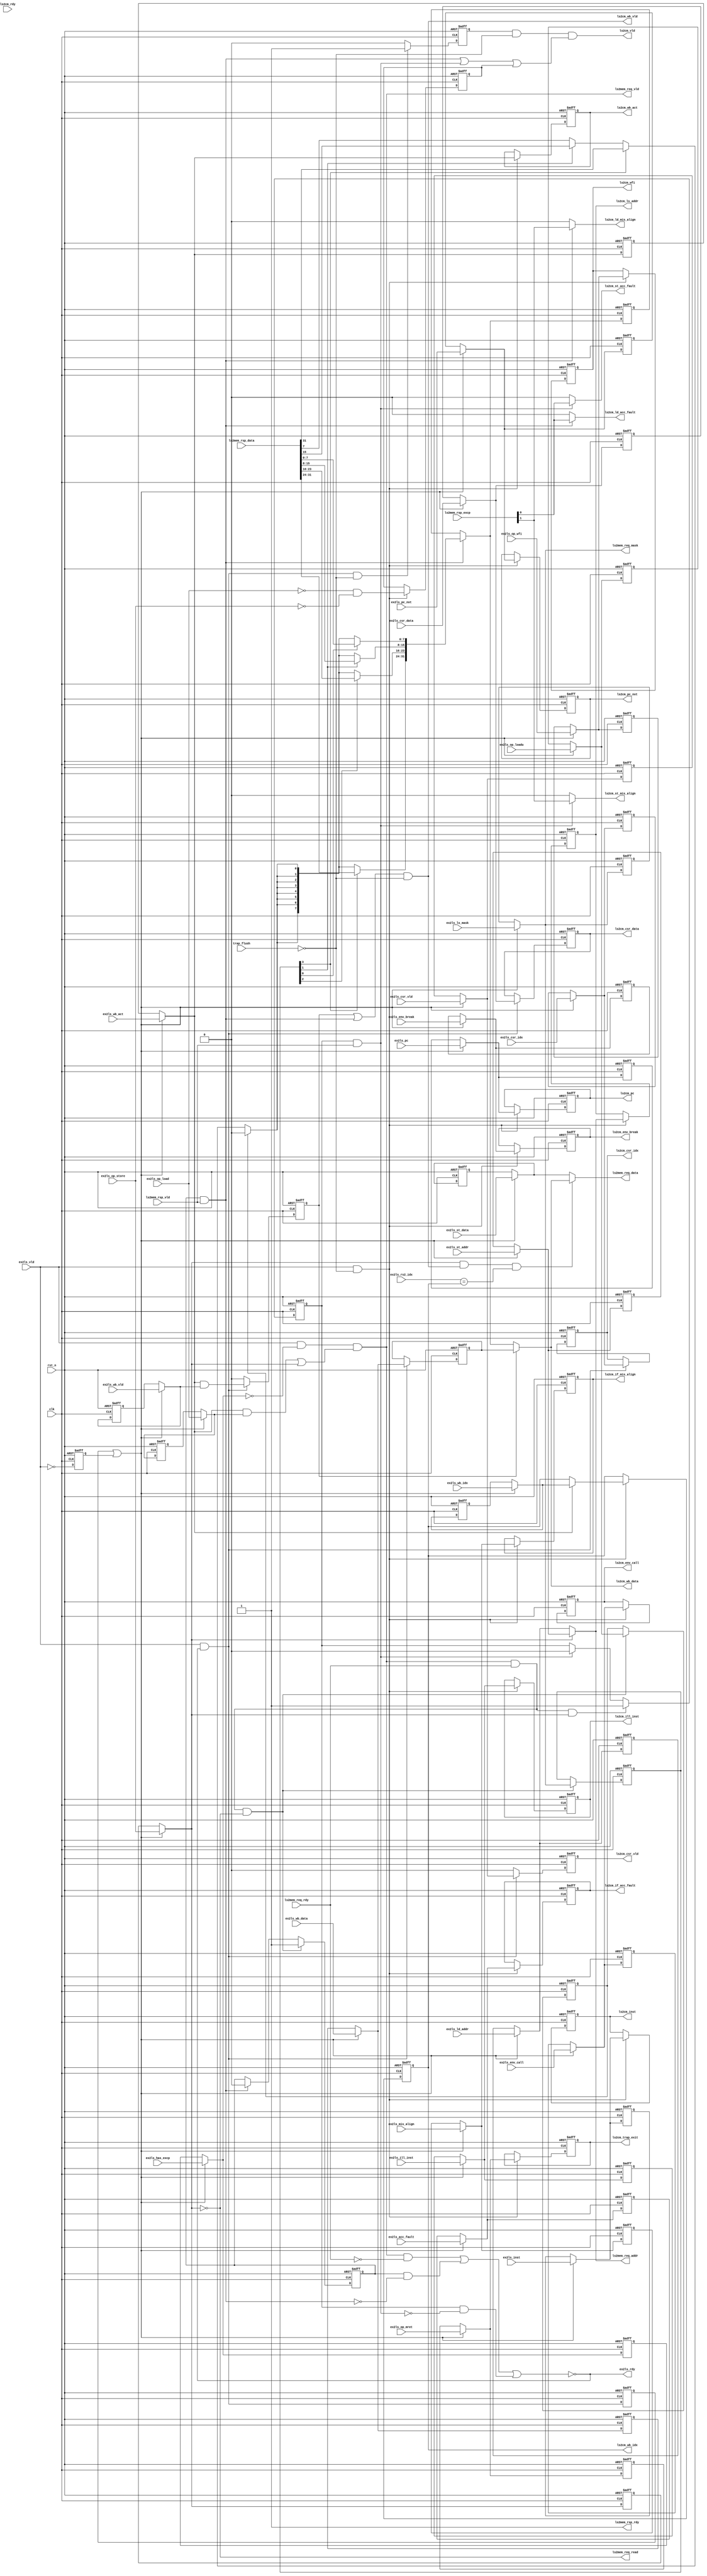
//************************************************************
// See LICENSE for license details.
//
// Module: uv_lsu
//
// Designer: Owen
//
// Description:
//      Load-Store Unit.
//************************************************************

`timescale 1ns / 1ps

module uv_lsu
#(
    parameter ALEN = 32,
    parameter ILEN = 32,
    parameter XLEN = 32,
    parameter MLEN = XLEN / 8
)
(
    input                   clk,
    input                   rst_n,
    
    // EXU handshake.
    input                   ex2ls_vld,
    output                  ex2ls_rdy,
    
    // EXU info.
    input                   ex2ls_op_load,
    input                   ex2ls_op_loadu,
    input                   ex2ls_op_store,
    input  [MLEN-1:0]       ex2ls_ls_mask,
    input  [ALEN-1:0]       ex2ls_ld_addr,
    input  [ALEN-1:0]       ex2ls_st_addr,
    input  [XLEN-1:0]       ex2ls_st_data,

    input                   ex2ls_op_mret,
    input                   ex2ls_op_wfi,
    
    input                   ex2ls_wb_act,
    input                   ex2ls_wb_vld,
    input  [4:0]            ex2ls_wb_idx,
    input  [XLEN-1:0]       ex2ls_wb_data,

    input                   ex2ls_csr_vld,
    input  [11:0]           ex2ls_csr_idx,
    input  [XLEN-1:0]       ex2ls_csr_data,

    input  [ILEN-1:0]       ex2ls_inst,
    input  [ALEN-1:0]       ex2ls_pc,
    input  [ALEN-1:0]       ex2ls_pc_nxt,

    // Exceptions.
    input                   ex2ls_has_excp,
    input                   ex2ls_acc_fault,
    input                   ex2ls_mis_align,
    input                   ex2ls_ill_inst,
    input                   ex2ls_env_call,
    input                   ex2ls_env_break,
    
    // MEM access.
    output                  ls2mem_req_vld,
    input                   ls2mem_req_rdy,
    output                  ls2mem_req_read,
    output [ALEN-1:0]       ls2mem_req_addr,
    output [MLEN-1:0]       ls2mem_req_mask,
    output [XLEN-1:0]       ls2mem_req_data,

    input                   ls2mem_rsp_vld,
    output                  ls2mem_rsp_rdy,
    input  [1:0]            ls2mem_rsp_excp,
    input  [XLEN-1:0]       ls2mem_rsp_data,
    
    // CMT handshake.
    output                  ls2cm_vld,
    input                   ls2cm_rdy,      // Reserved!

    // Fetch info to CMT.
    output [ILEN-1:0]       ls2cm_inst,
    output [ALEN-1:0]       ls2cm_pc,
    output [ALEN-1:0]       ls2cm_pc_nxt,

    // LS info to CMT.
    output [ALEN-1:0]       ls2cm_ls_addr,

    // WB & FW info to CMT & EXU.
    output                  ls2cm_wb_act,
    output                  ls2cm_wb_vld,
    output [4:0]            ls2cm_wb_idx,
    output [XLEN-1:0]       ls2cm_wb_data,

    // CSR writing.
    output                  ls2cm_csr_vld,
    output [11:0]           ls2cm_csr_idx,
    output [XLEN-1:0]       ls2cm_csr_data,

    // Excp info to CMT.
    output                  ls2cm_if_acc_fault,
    output                  ls2cm_if_mis_align,
    output                  ls2cm_ld_acc_fault,
    output                  ls2cm_ld_mis_align,
    output                  ls2cm_st_acc_fault,
    output                  ls2cm_st_mis_align,
    output                  ls2cm_ill_inst,
    output                  ls2cm_env_call,
    output                  ls2cm_env_break,
    output                  ls2cm_trap_exit,
    output                  ls2cm_wfi,

    // Flush control from trap.
    input                   trap_flush,
    
    // FW info from EXU
    input  [4:0]            ex2ls_rs2_idx
);

    localparam UDLY         = 1;
    genvar i;

    // Pipeline flush.
    wire                    pipe_flush;

    // Handshake.
    wire                    pipe_nxt;
    wire                    ex2ls_fire;
    wire                    ex2ls_real;
    reg                     ex2ls_fire_p;
    reg                     ex2ls_init_p;

    // Input buffer.
    reg                     ex2ls_op_load_r;
    reg                     ex2ls_op_loadu_r;
    reg                     ex2ls_op_store_r;
    reg  [MLEN-1:0]         ex2ls_ls_mask_r;
    reg  [ALEN-1:0]         ex2ls_ld_addr_r;
    reg  [ALEN-1:0]         ex2ls_st_addr_r;
    reg  [XLEN-1:0]         ex2ls_st_data_r;
    reg                     ex2ls_op_mret_r;
    reg                     ex2ls_op_wfi_r;
    reg                     ex2ls_wb_act_r;
    reg                     ex2ls_wb_vld_r;
    reg  [4:0]              ex2ls_wb_idx_r;
    reg  [XLEN-1:0]         ex2ls_wb_data_r;
    reg                     ex2ls_csr_vld_r;
    reg  [11:0]             ex2ls_csr_idx_r;
    reg  [XLEN-1:0]         ex2ls_csr_data_r;
    reg  [ILEN-1:0]         ex2ls_inst_r;
    reg  [ALEN-1:0]         ex2ls_pc_r;
    reg  [ALEN-1:0]         ex2ls_pc_nxt_r;
    reg                     ex2ls_has_excp_r;
    reg                     ex2ls_acc_fault_r;
    reg                     ex2ls_mis_align_r;
    reg                     ex2ls_ill_inst_r;
    reg                     ex2ls_env_call_r;
    reg                     ex2ls_env_break_r;

    wire                    pipe_op_load;
    wire                    pipe_op_loadu;
    wire                    pipe_op_store;
    wire [MLEN-1:0]         pipe_ls_mask;
    wire [ALEN-1:0]         pipe_ld_addr;
    wire [ALEN-1:0]         pipe_st_addr;
    wire [XLEN-1:0]         pipe_st_data;
    wire                    pipe_op_mret;
    wire                    pipe_op_wfi;
    wire                    pipe_wb_act;
    wire                    pipe_wb_vld;
    wire [4:0]              pipe_wb_idx;
    wire [XLEN-1:0]         pipe_wb_data;
    wire                    pipe_csr_vld;
    wire [11:0]             pipe_csr_idx;
    wire [XLEN-1:0]         pipe_csr_data;
    wire [ILEN-1:0]         pipe_inst;
    wire [ALEN-1:0]         pipe_pc;
    wire [ALEN-1:0]         pipe_pc_nxt;
    wire                    pipe_has_excp;
    wire                    pipe_acc_fault;
    wire                    pipe_mis_align;
    wire                    pipe_ill_inst;
    wire                    pipe_env_call;
    wire                    pipe_env_break;
    
    // Memory access.
    wire                    mem_req_read;
    wire                    mem_req_fire;
    wire                    mem_rsp_fire;
    wire                    mem_ld_fire;
    wire                    mem_st_fire;
    wire                    mem_ld_sign;
    wire [XLEN-1:0]         msk_ld_data;
    wire [XLEN-1:0]         mem_wb_data;
    wire                    mem_ld_wait;
    wire                    mem_st_wait;
    
    // Forwarding at LSU ifself.
    wire                    st_rs2_frm_wb;
    
    // WB summary.
    wire                    wb_act;
    wire                    wb_vld;
    wire [4:0]              wb_idx;
    wire [XLEN-1:0]         wb_data;

    // LS delay & data buf.
    reg  [MLEN-1:0]         mem_ld_mask_p;
    reg  [XLEN-1:0]         mem_ld_data_r;
    reg                     mem_ld_usgn_p;
    reg                     mem_ld_req_r;
    reg                     mem_st_req_r;
    
    // Commit buf register.
    reg                     ls2cm_vld_r;
    reg                     inst_non_ls_r;
    reg                     trap_exit_r;
    reg                     wfi_r;

    // WB buf registers.
    reg                     wb_act_r;
    reg                     wb_vld_r;
    reg  [4:0]              wb_idx_r;
    reg  [XLEN-1:0]         wb_data_r;

    reg                     csr_vld_r;
    reg  [11:0]             csr_idx_r;
    reg  [XLEN-1:0]         csr_data_r;

    // Fetch buf registers.
    reg  [ILEN-1:0]         inst_r;
    reg  [ALEN-1:0]         pc_r;
    reg  [ALEN-1:0]         pc_nxt_r;

    // Load/store address.
    reg  [ALEN-1:0]         ls_addr_r;

    // Exception buf registers.
    reg                     if_acc_fault_r;
    reg                     if_mis_align_r;
    reg                     ill_inst_r;
    reg                     env_call_r;
    reg                     env_break_r;
    
    // Only one flush source for LSU.
    assign pipe_flush       = trap_flush;

    // Handshake: response to EXU.
    assign pipe_nxt         = ex2ls_vld & (~pipe_flush);
    //assign ex2ls_rdy      = ~(ls2mem_req_vld & (~ls2mem_req_rdy));
    assign ex2ls_rdy        = ~((ls2mem_req_vld & (~ls2mem_req_rdy)) | mem_ld_wait | mem_st_wait);
    assign ex2ls_fire       = ex2ls_vld & ex2ls_rdy;
    assign ex2ls_real       = ex2ls_fire_p | ex2ls_init_p;
    
    // Select pipeline sources.
    assign pipe_op_load     = ex2ls_real ? ex2ls_op_load     : ex2ls_op_load_r;
    assign pipe_op_loadu    = ex2ls_real ? ex2ls_op_loadu    : ex2ls_op_loadu_r;
    assign pipe_op_store    = ex2ls_real ? ex2ls_op_store    : ex2ls_op_store_r;
    assign pipe_ls_mask     = ex2ls_real ? ex2ls_ls_mask     : ex2ls_ls_mask_r;
    assign pipe_ld_addr     = ex2ls_real ? ex2ls_ld_addr     : ex2ls_ld_addr_r;
    assign pipe_st_addr     = ex2ls_real ? ex2ls_st_addr     : ex2ls_st_addr_r;
    assign pipe_st_data     = ex2ls_real ? ex2ls_st_data     : ex2ls_st_data_r;
    assign pipe_op_mret     = ex2ls_real ? ex2ls_op_mret     : ex2ls_op_mret_r;
    assign pipe_op_wfi      = ex2ls_real ? ex2ls_op_wfi      : ex2ls_op_wfi_r;
    assign pipe_wb_act      = ex2ls_real ? ex2ls_wb_act      : ex2ls_wb_act_r;
    assign pipe_wb_vld      = ex2ls_real ? ex2ls_wb_vld      : ex2ls_wb_vld_r;
    assign pipe_wb_idx      = ex2ls_real ? ex2ls_wb_idx      : ex2ls_wb_idx_r;
    assign pipe_wb_data     = ex2ls_real ? ex2ls_wb_data     : ex2ls_wb_data_r;
    assign pipe_csr_vld     = ex2ls_real ? ex2ls_csr_vld     : ex2ls_csr_vld_r;
    assign pipe_csr_idx     = ex2ls_real ? ex2ls_csr_idx     : ex2ls_csr_idx_r;
    assign pipe_csr_data    = ex2ls_real ? ex2ls_csr_data    : ex2ls_csr_data_r;
    assign pipe_inst        = ex2ls_real ? ex2ls_inst        : ex2ls_inst_r;
    assign pipe_pc          = ex2ls_real ? ex2ls_pc          : ex2ls_pc_r;
    assign pipe_pc_nxt      = ex2ls_real ? ex2ls_pc_nxt      : ex2ls_pc_nxt_r;
    assign pipe_has_excp    = ex2ls_real ? ex2ls_has_excp    : ex2ls_has_excp_r;
    assign pipe_acc_fault   = ex2ls_real ? ex2ls_acc_fault   : ex2ls_acc_fault_r;
    assign pipe_mis_align   = ex2ls_real ? ex2ls_mis_align   : ex2ls_mis_align_r;
    assign pipe_ill_inst    = ex2ls_real ? ex2ls_ill_inst    : ex2ls_ill_inst_r;
    assign pipe_env_call    = ex2ls_real ? ex2ls_env_call    : ex2ls_env_call_r;
    assign pipe_env_break   = ex2ls_real ? ex2ls_env_break   : ex2ls_env_break_r;

    // Memory access.
    assign ls2mem_req_vld   = ex2ls_vld & (~pipe_has_excp)
                            & ((pipe_wb_act & pipe_op_load) | pipe_op_store);
    assign ls2mem_req_read  = ~pipe_op_store;
    assign ls2mem_req_addr  = pipe_op_store ? pipe_st_addr : pipe_ld_addr;
    assign ls2mem_req_mask  = pipe_ls_mask;
    assign ls2mem_req_data  = st_rs2_frm_wb ? wb_data : pipe_st_data;
    assign ls2mem_rsp_rdy   = 1'b1;

    assign mem_req_read     = mem_req_fire ? ls2mem_req_read : mem_ld_req_r;
    assign mem_req_fire     = ls2mem_req_vld & ls2mem_req_rdy;
    assign mem_rsp_fire     = ls2mem_rsp_vld & ls2mem_rsp_rdy;
    assign mem_ld_fire      = mem_ld_req_r & mem_rsp_fire;
    assign mem_ld_wait      = mem_ld_req_r & (~mem_ld_fire);
    assign mem_st_fire      = mem_st_req_r & mem_rsp_fire;
    assign mem_st_wait      = mem_st_req_r & (~mem_st_fire);

    generate
        if (XLEN == 32) begin: gen_ld_sign_32
            assign mem_ld_sign  = mem_ld_usgn_p ? 1'b0
                                : mem_ld_mask_p[3] ? ls2mem_rsp_data[31]
                                : mem_ld_mask_p[1] ? ls2mem_rsp_data[15]
                                : ls2mem_rsp_data[7];
        end
        else begin: gen_ld_sign_64
            assign mem_ld_sign  = mem_ld_usgn_p ? 1'b0
                                : mem_ld_mask_p[7] ? ls2mem_rsp_data[63]
                                : mem_ld_mask_p[3] ? ls2mem_rsp_data[31]
                                : mem_ld_mask_p[1] ? ls2mem_rsp_data[15]
                                : ls2mem_rsp_data[7];
        end
    endgenerate
    
    // Get forwarding state.
    assign st_rs2_frm_wb    = pipe_op_store && wb_vld && (ex2ls_rs2_idx == wb_idx_r);
    
    // Generate write-back data from memory.
    // FIXME: 1s must be adjacent and at the low-order bits now!
    generate
        for (i = 0; i < MLEN; i = i + 1) begin: gen_mem_wb_data
            assign msk_ld_data[8*(i+1)-1:8*i] = mem_ld_mask_p[i] ? ls2mem_rsp_data[8*(i+1)-1:8*i] : {8{mem_ld_sign}};
        end
    endgenerate
    
    assign mem_wb_data = mem_ld_fire ? msk_ld_data : mem_ld_data_r;
    
    // Buffer handshake firing.
    always @(posedge clk or negedge rst_n) begin
        if (~rst_n) begin
            ex2ls_fire_p <= 1'b0;
        end
        else begin
            ex2ls_fire_p <= #UDLY ex2ls_fire;
        end
    end
    
    always @(posedge clk or negedge rst_n) begin
        if (~rst_n) begin
            ex2ls_init_p <= 1'b1;
        end
        else begin
            ex2ls_init_p <= #UDLY ~ex2ls_vld;
        end
    end

    // Buffer input.
    always @(posedge clk or negedge rst_n) begin
        if (~rst_n) begin
            ex2ls_op_load_r     <= 1'b0;
            ex2ls_op_loadu_r    <= 1'b0;
            ex2ls_op_store_r    <= 1'b0;
            ex2ls_ls_mask_r     <= {MLEN{1'b0}};
            ex2ls_ld_addr_r     <= {ALEN{1'b0}};
            ex2ls_st_addr_r     <= {ALEN{1'b0}};
            ex2ls_st_data_r     <= {XLEN{1'b0}};
            ex2ls_op_mret_r     <= 1'b0;
            ex2ls_op_wfi_r      <= 1'b0;
            ex2ls_wb_act_r      <= 1'b0;
            ex2ls_wb_vld_r      <= 1'b0;
            ex2ls_wb_idx_r      <= 5'b0;
            ex2ls_wb_data_r     <= {XLEN{1'b0}};
            ex2ls_csr_vld_r     <= 1'b0;
            ex2ls_csr_idx_r     <= 12'b0;
            ex2ls_csr_data_r    <= {XLEN{1'b0}};
            ex2ls_inst_r        <= {ILEN{1'b0}};
            ex2ls_pc_r          <= {ALEN{1'b0}};
            ex2ls_pc_nxt_r      <= {ALEN{1'b0}};
            ex2ls_has_excp_r    <= 1'b0;
            ex2ls_acc_fault_r   <= 1'b0;
            ex2ls_mis_align_r   <= 1'b0;
            ex2ls_ill_inst_r    <= 1'b0;
            ex2ls_env_call_r    <= 1'b0;
            ex2ls_env_break_r   <= 1'b0;
        end
        else begin
            if (ex2ls_real) begin
                ex2ls_op_load_r     <= #UDLY ex2ls_op_load;
                ex2ls_op_loadu_r    <= #UDLY ex2ls_op_loadu;
                ex2ls_op_store_r    <= #UDLY ex2ls_op_store;
                ex2ls_ls_mask_r     <= #UDLY ex2ls_ls_mask;
                ex2ls_ld_addr_r     <= #UDLY ex2ls_ld_addr;
                ex2ls_st_addr_r     <= #UDLY ex2ls_st_addr;
                ex2ls_st_data_r     <= #UDLY ex2ls_st_data;
                ex2ls_op_mret_r     <= #UDLY ex2ls_op_mret;
                ex2ls_op_wfi_r      <= #UDLY ex2ls_op_wfi;
                ex2ls_wb_act_r      <= #UDLY ex2ls_wb_act; 
                ex2ls_wb_vld_r      <= #UDLY ex2ls_wb_vld; 
                ex2ls_wb_idx_r      <= #UDLY ex2ls_wb_idx; 
                ex2ls_wb_data_r     <= #UDLY ex2ls_wb_data;
                ex2ls_csr_vld_r     <= #UDLY ex2ls_csr_vld;
                ex2ls_csr_idx_r     <= #UDLY ex2ls_csr_idx;
                ex2ls_csr_data_r    <= #UDLY ex2ls_csr_data;
                ex2ls_inst_r        <= #UDLY ex2ls_inst;
                ex2ls_pc_r          <= #UDLY ex2ls_pc;
                ex2ls_pc_nxt_r      <= #UDLY ex2ls_pc_nxt;
                ex2ls_has_excp_r    <= #UDLY ex2ls_has_excp;
                ex2ls_acc_fault_r   <= #UDLY ex2ls_acc_fault;
                ex2ls_mis_align_r   <= #UDLY ex2ls_mis_align;
                ex2ls_ill_inst_r    <= #UDLY ex2ls_ill_inst;
                ex2ls_env_call_r    <= #UDLY ex2ls_env_call;
                ex2ls_env_break_r   <= #UDLY ex2ls_env_break;
            end
        end
    end

    // Buffer load request status.
    always @(posedge clk or negedge rst_n) begin
        if (~rst_n) begin
            mem_ld_req_r <= 1'b0;
        end
        else begin
            if (mem_req_fire & ls2mem_req_read) begin
                mem_ld_req_r <= #UDLY 1'b1;
            end
            else if (mem_ld_fire) begin
                mem_ld_req_r <= #UDLY 1'b0;
            end
        end
    end

    // Buffer store request status.
    always @(posedge clk or negedge rst_n) begin
        if (~rst_n) begin
            mem_st_req_r <= 1'b0;
        end
        else begin
            if (mem_req_fire & (~ls2mem_req_read)) begin
                mem_st_req_r <= #UDLY 1'b1;
            end
            else if (mem_st_fire) begin
                mem_st_req_r <= #UDLY 1'b0;
            end
        end
    end

    // Delay load states.
    always @(posedge clk or negedge rst_n) begin
        if (~rst_n) begin
            mem_ld_mask_p <= {MLEN{1'b0}};
            mem_ld_usgn_p <= 1'b0;
        end
        else begin
            if (mem_req_fire & ls2mem_req_read) begin
                mem_ld_mask_p <= #UDLY pipe_ls_mask;
                mem_ld_usgn_p <= #UDLY pipe_op_loadu;
            end
        end
    end
    
    // Buffer load data.
    always @(posedge clk or negedge rst_n) begin
        if (~rst_n) begin
            mem_ld_data_r <= {XLEN{1'b0}};
        end
        else begin
            if (mem_ld_fire) begin
                mem_ld_data_r <= #UDLY msk_ld_data;
            end
        end
    end

    // Buffer commit control.
    always @(posedge clk or negedge rst_n) begin
        if (~rst_n) begin
            ls2cm_vld_r <= 1'b0;
        end
        else begin
            if (ex2ls_fire & (~pipe_flush)) begin
                ls2cm_vld_r <= #UDLY 1'b1;
            end
            else begin
                ls2cm_vld_r <= #UDLY 1'b0;
            end
        end
    end

    always @(posedge clk or negedge rst_n) begin
        if (~rst_n) begin
            inst_non_ls_r <= 1'b0;
            trap_exit_r   <= 1'b0;
            wfi_r         <= 1'b0;
        end
        else begin
            if (pipe_nxt) begin
                inst_non_ls_r <= #UDLY (~ex2ls_op_load) & (~ex2ls_op_store);
                trap_exit_r   <= #UDLY pipe_op_mret;
                wfi_r         <= #UDLY pipe_op_wfi;
            end
        end
    end

    assign ls2cm_vld         = ls2cm_vld_r & (~pipe_flush)
                             & (mem_ld_fire | mem_st_fire | inst_non_ls_r);
    assign ls2cm_trap_exit   = trap_exit_r;
    assign ls2cm_wfi         = wfi_r;
    
    // Buffer write back states.
    always @(posedge clk or negedge rst_n) begin
        if (~rst_n) begin
            wb_vld_r  <= 1'b0;
            wb_data_r <= {XLEN{1'b0}};
        end
        else begin
            if (ex2ls_fire) begin
                wb_vld_r  <= #UDLY pipe_wb_act & pipe_wb_vld;
                wb_data_r <= #UDLY pipe_wb_data;
            end
            else begin
                wb_vld_r  <= #UDLY 1'b0;
            end
        end
    end

    always @(posedge clk or negedge rst_n) begin
        if (~rst_n) begin
            wb_act_r  <= 1'b0;
            wb_idx_r  <= 5'b0;
        end
        else begin
            if (pipe_nxt) begin
                wb_act_r  <= #UDLY pipe_wb_act;
                if (pipe_wb_act) begin
                    wb_idx_r <= #UDLY pipe_wb_idx;
                end
            end
        end
    end

    assign wb_act               = wb_act_r;
    assign wb_idx               = wb_idx_r;
    assign wb_vld               = (wb_vld_r | mem_ld_fire) & (~pipe_flush);
    assign wb_data              = wb_vld_r ? wb_data_r : mem_wb_data;

    assign ls2cm_wb_act         = wb_act;
    assign ls2cm_wb_vld         = wb_vld;
    assign ls2cm_wb_idx         = wb_idx;
    assign ls2cm_wb_data        = wb_data;

    always @(posedge clk or negedge rst_n) begin
        if (~rst_n) begin
            csr_vld_r  <= 1'b0;
            csr_idx_r  <= 12'b0;
            csr_data_r <= {XLEN{1'b0}};
        end
        else begin
            if (ex2ls_fire) begin
                csr_vld_r  <= #UDLY pipe_csr_vld;
                csr_idx_r  <= #UDLY pipe_csr_idx;
                csr_data_r <= #UDLY pipe_csr_data;
            end
            else begin
                csr_vld_r  <= #UDLY 1'b0;
            end
        end
    end

    assign ls2cm_csr_vld  = csr_vld_r;
    assign ls2cm_csr_idx  = csr_idx_r;
    assign ls2cm_csr_data = csr_data_r;

    // Buffer fetch info.
    always @(posedge clk or negedge rst_n) begin
        if (~rst_n) begin
            inst_r   <= {ILEN{1'b0}};
            pc_r     <= {ALEN{1'b0}};
            pc_nxt_r <= {ALEN{1'b0}};
        end
        else begin
            if (pipe_nxt) begin
                inst_r   <= #UDLY pipe_inst;
                pc_r     <= #UDLY pipe_pc;
                pc_nxt_r <= #UDLY pipe_pc_nxt;
            end
        end
    end

    assign ls2cm_inst   = inst_r;
    assign ls2cm_pc     = pc_r;
    assign ls2cm_pc_nxt = pc_nxt_r;

    // Buffer load/store address.
    always @(posedge clk or negedge rst_n) begin
        if (~rst_n) begin
            ls_addr_r <= {ALEN{1'b0}};
        end
        else begin
            if (pipe_nxt) begin
                ls_addr_r <= #UDLY pipe_op_store ? pipe_st_addr : pipe_ld_addr;
            end
        end
    end

    assign ls2cm_ls_addr = ls_addr_r;

    // Buffer exceptions.
    always @(posedge clk or negedge rst_n) begin
        if (~rst_n) begin
            if_acc_fault_r <= 1'b0;
            if_mis_align_r <= 1'b0;
            ill_inst_r     <= 1'b0;
            env_call_r     <= 1'b0;
            env_break_r    <= 1'b0;
        end
        else begin
            if (pipe_nxt) begin
                if_acc_fault_r <= #UDLY pipe_acc_fault;
                if_mis_align_r <= #UDLY pipe_mis_align;
                ill_inst_r     <= #UDLY pipe_ill_inst;
                env_call_r     <= #UDLY pipe_env_call;
                env_break_r    <= #UDLY pipe_env_break;
            end
        end
    end

    assign ls2cm_if_acc_fault  = if_acc_fault_r;
    assign ls2cm_if_mis_align  = if_mis_align_r;
    assign ls2cm_ld_acc_fault  = mem_ld_fire ? ls2mem_rsp_excp[0] : 1'b0;
    assign ls2cm_ld_mis_align  = mem_ld_fire ? ls2mem_rsp_excp[1] : 1'b0;
    assign ls2cm_st_acc_fault  = mem_st_fire ? ls2mem_rsp_excp[0] : 1'b0;
    assign ls2cm_st_mis_align  = mem_st_fire ? ls2mem_rsp_excp[1] : 1'b0;
    assign ls2cm_ill_inst      = ill_inst_r;
    assign ls2cm_env_call      = env_call_r;
    assign ls2cm_env_break     = env_break_r;
    
endmodule